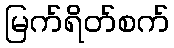
မြက်ရိတ်စက်